Annual report on the Civil Veterinary Department, Burma (including the Insein Veterinary School) - 1923-1931
Year: 1923
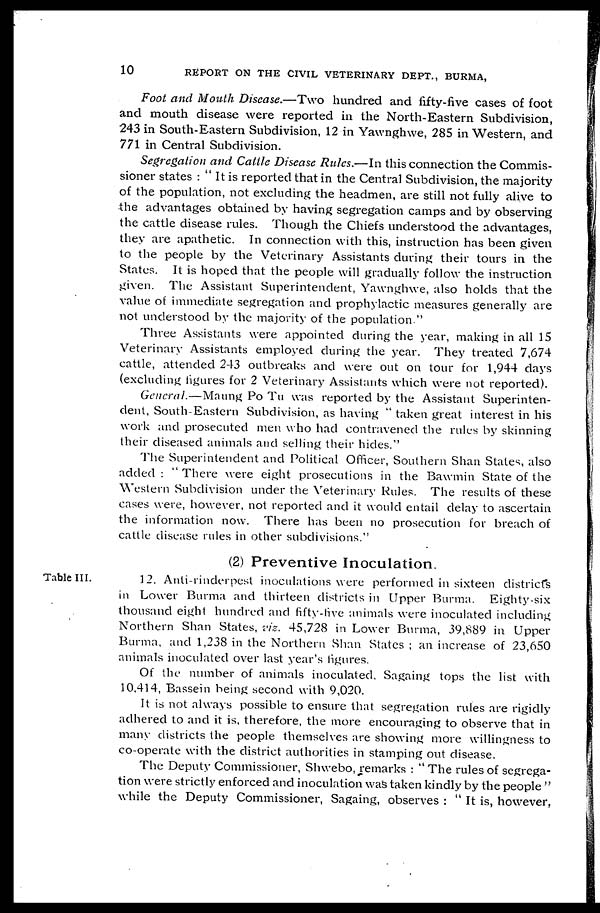
10
REPORT ON THE CIVIL VETERINARY DEPT., BURMA,
Foot and Mouth Disease.—Two hundred and fifty-five cases of foot
and mouth disease were reported in the North-Eastern Subdivision,
243 in South-Eastern Subdivision, 12 in Yawnghwe, 285 in Western, and
771 in Central Subdivision.
Segregation and Cattle Disease Rules.—In this connection the Commis-
sioner states : " It is reported that in the Central Subdivision, the majority
of the population, not excluding the headmen, are still not fully alive to
the advantages obtained by having segregation camps and by observing
the cattle disease rules. Though the Chiefs understood the advantages,
they are apathetic. In connection with this, instruction has been given
to the people by the Veterinary Assistants during their tours in the
States. It is hoped that the people will gradually follow the instruction
given. The Assistant Superintendent, Yawnghwe, also holds that the
value of immediate segregation and prophylactic measures generally are
not understood by the majority of the population."
Three Assistants were appointed during the year, making in all 15
Veterinary Assistants employed during the year. They treated 7,674
cattle, attended 243 outbreaks and were out on tour for 1,944 days
(excluding figures for 2 Veterinary Assistants which were not reported).
General.—Maung Po Tu was reported by the Assistant Superinten-
dent, South-Eastern Subdivision, as having " taken great interest in his
work and prosecuted men who had contravened the rules by skinning
their diseased animals and selling their hides."
The Superintendent and Political Officer, Southern Shan States, also
added : " There were eight prosecutions in the Bawmin State of the
Western Subdivision under the Veterinary Rules. The results of these
cases were, however, not reported and it would entail delay to ascertain
the information now. There has been no prosecution for breach of
cattle disease rules in other subdivisions."
(2) Preventive Inoculation.
Table III.
12. Anti-rinderpest inoculations were performed in sixteen districts
in Lower Burma and thirteen districts in Upper Burma. Eighty-six
thousand eight hundred and fifty-live animals were inoculated including
Northern Shan States, viz. 45,728 in Lower Burma, 39,889 in Upper
Burma, and 1,238 in the Northern Shan States ; an increase of 23,650
animals inoculated over last year's figures.
Of the number of animals inoculated, Sagaing tops the list with
10,414, Bassein being second with 9,020.
It is not always possible to ensure that segregation rules are rigidly
adhered to and it is, therefore, the more encouraging to observe that in
many districts the people themselves are showing more willingness to
co-operate with the district authorities in stamping out disease.
The Deputy Commissioner, Shwebo, remarks : " The rules of segrega-
tion were strictly enforced and inoculation was taken kindly by the people "
while the Deputy Commissioner, Sagaing, observes : "it is, however,